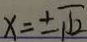
x = \pm \sqrt { 2 }